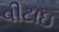
વીટાઇ